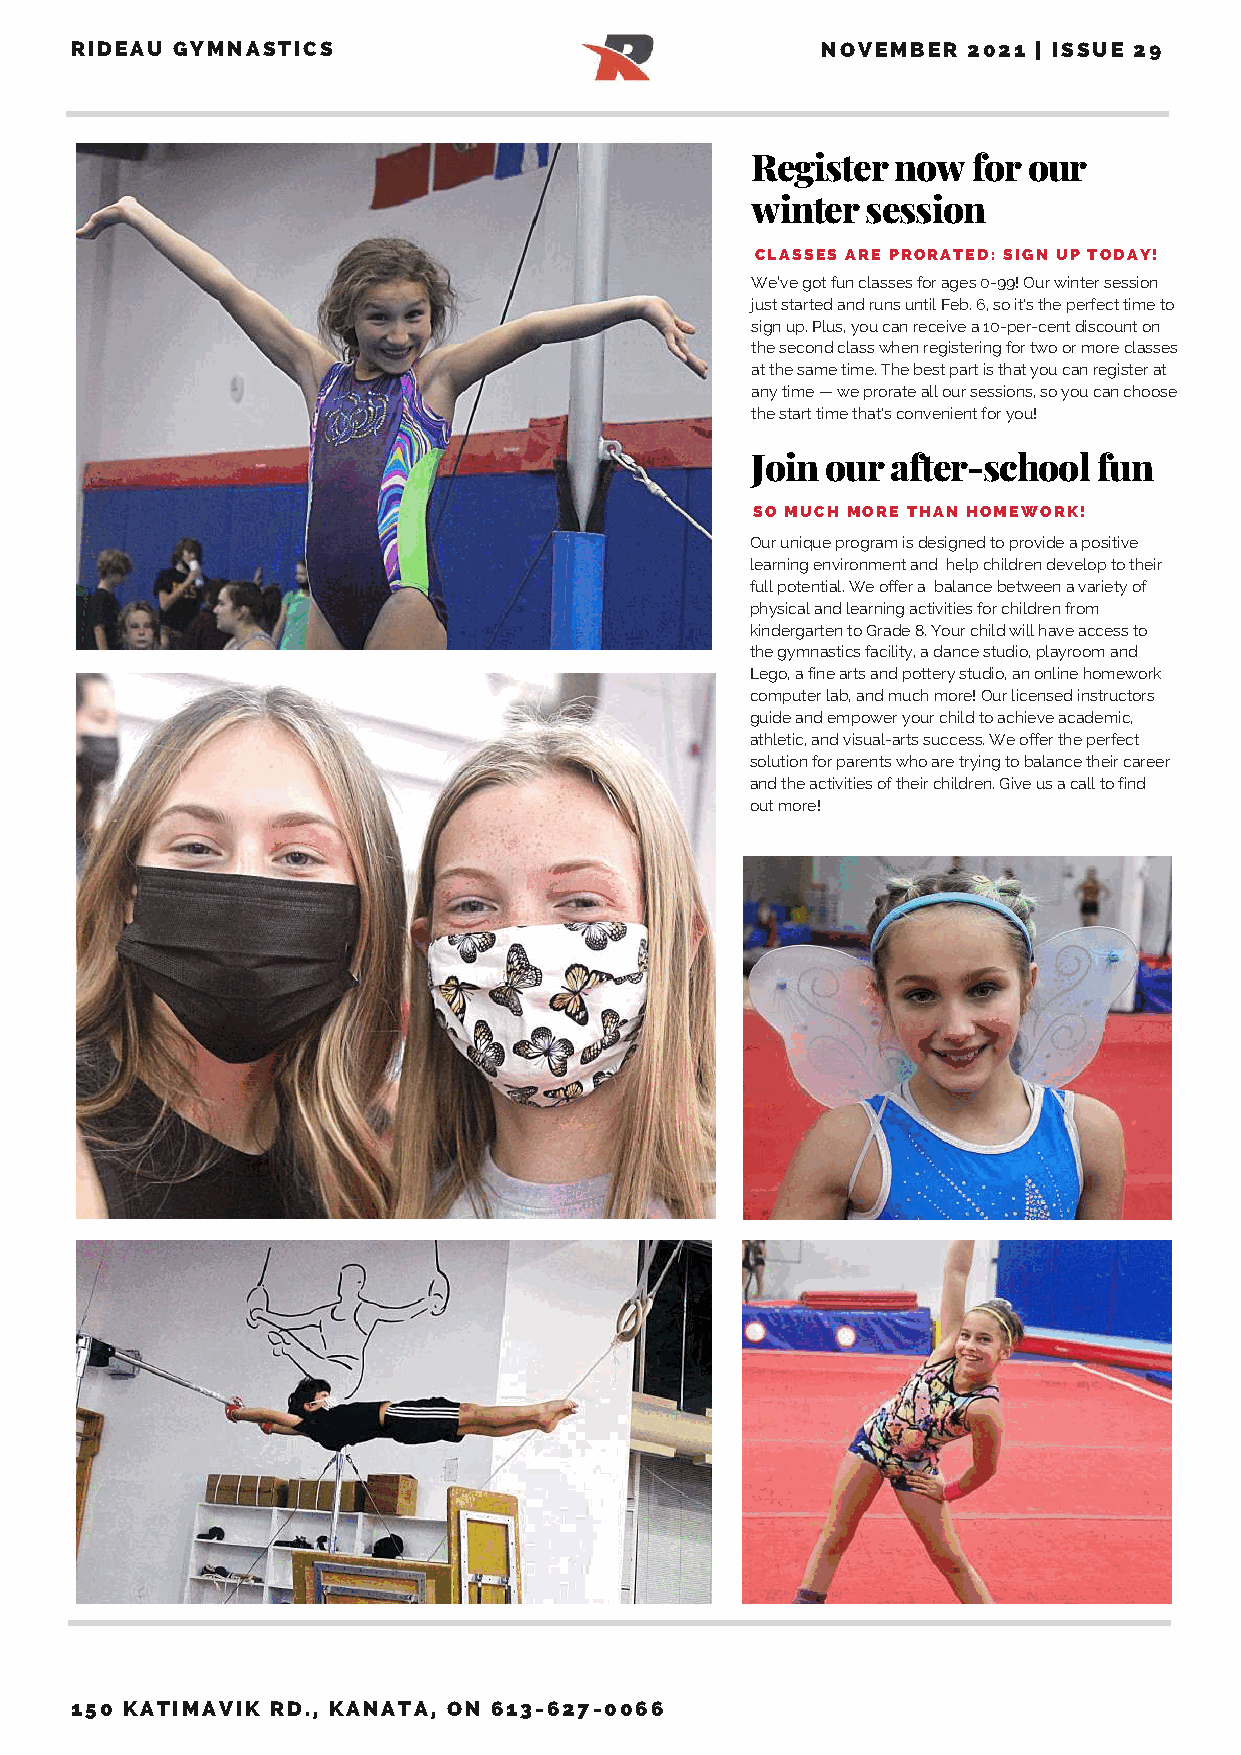
RIDEAU GYMNASTICS                                NOVEMBER  2021 | ISSUE 29
 Register now  for our
 winter session
 CLASSES ARE PRORATED: SIGN UP TODAY!
 We’ve got fun classes for ages 0-99! Our winter session
 just started and runs until Feb. 6, so it's the perfect time to
 sign up. Plus, you can receive a 10-per-cent discount on
 the second class when registering for two or more classes
 at the same time. The best part is that you can register at
 any time — we prorate all our sessions, so you can choose
 the start time that's convenient for you!
 Join our after-school  fun
 SO MUCH MORE THAN HOMEWORK!
 Our unique program is designed to provide a positive
 learning environment and help children develop to their
 full potential. We offer a balance between a variety of
 physical and learning activities for children from
 kindergarten to Grade 8. Your child will have access to
 the gymnastics facility, a dance studio, playroom and
 Lego, a fine arts and pottery studio, an online homework
 computer lab, and much more! Our licensed instructors
 guide and empower your child to achieve academic,
 athletic, and visual-arts success. We offer the perfect
 solution for parents who are trying to balance their career
 and the activities of their children. Give us a call to find
 out more!
 150 KATIMAVIK RD., KANATA, ON 613-627-0066